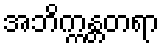
အဘိက္ကန္တတရာ